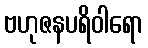
ဗဟုဇနပရိဝါရော